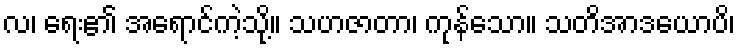
လ၊ ရေး၏ အရောင်ကဲ့သို့။ သဟဇာတာ၊ ကုန်သော။ သတိအာဒယောပိ၊